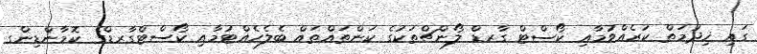
ގައި ޚިދުމަތް ކުރެއްވުމާއި ކޯސްޓް ގާރޑް ލޯންޗްތަކުގެ ކަންތައްތައް ބެލެހެއްޓުމާއި ކޯސްޓްގާރޑްގެ ކޮމާންޑިންގ